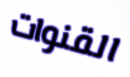
القنوات